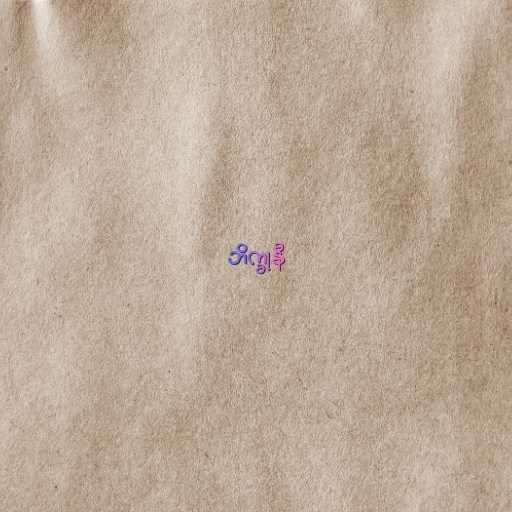
ဘိက္ခုနီ